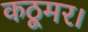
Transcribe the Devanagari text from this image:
कठूमर।